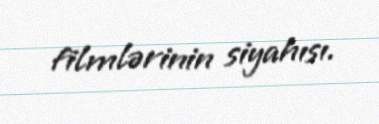
filmlərinin siyahısı.